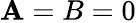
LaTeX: \mathbf{A}=B=0